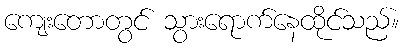
ကျေးတောတွင် သွားရောက်နေထိုင်သည်။